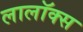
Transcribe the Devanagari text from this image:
लालॉक्स